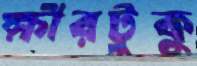
ক্ষীরটুকু